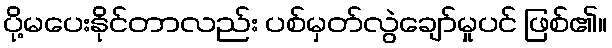
ပို့မပေးနိုင်တာလည်း ပစ်မှတ်လွဲချော်မှုပင် ဖြစ်၏။